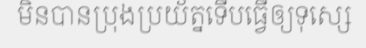
មិនបានប្រុងប្រយ័ត្នទើបធ្វើឲ្យទុស្សេ